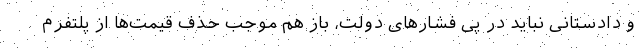
و دادستانی نباید در پی فشارهای دولت، باز هم موجب حذف قیمت‌ها از پلتفرم